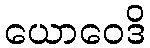
ယောဝေဒိ